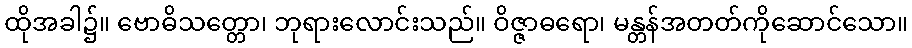
ထိုအခါ၌။ ဗောဓိသတ္တော၊ ဘုရားလောင်းသည်။ ဝိဇ္ဇာဓရော၊ မန္တန်အတတ်ကိုဆောင်သော။